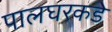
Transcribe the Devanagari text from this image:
पालघरकडे